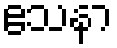
ဧသနာ